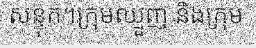
សន្ទុក។ក្រុមឈ្មួញ និងក្រុម